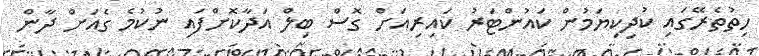
ހިތުތެރޭގައި ކުދިކިޔަމުން ކައުންޓަރު ކައިރިއަށް ގޮސް ބިލް އަދާކޮށްފައި ނުކުމެ ގެއަށް ދާން